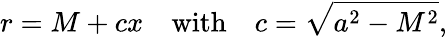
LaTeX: r=M+cx\quad\mathrm{with}\quad c=\sqrt{a^{2}-M^{2}},